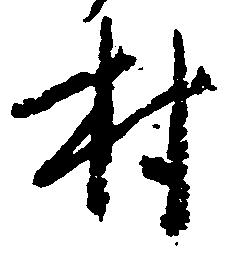
村